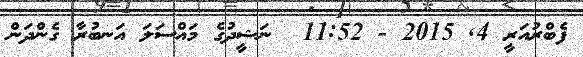
ފެބްރުއަރީ 4